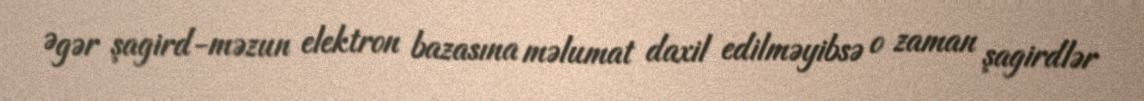
Əgər şagird-məzun elektron bazasına məlumat daxil edilməyibsə o zaman şagirdlər